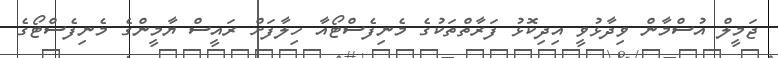
ޖަމީލް އުސްމާން ވިދާޅުވީ އިދިކޮޅު ފަރާތްތަކުގެ މެނިފެސްޓޯއާ ހިލާފަށް ރައީސް ޔާމީންގެ މެނިފެސްޓޯގެ